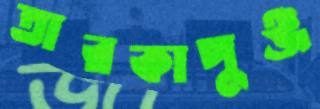
তারকাপুঞ্জ